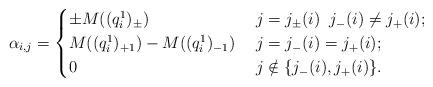
LaTeX: \begin{align*} \alpha_{i,j} = \begin{cases} \pm M((q_i^1)_{\pm}) & \; j = j_{\pm}(i) \; \; j_{-}(i) \not= j_{+}(i); \\ M((q_i^1)_{+1}) - M((q_i^1)_{-1}) & \; j = j_{-}(i) = j_{+}(i); \\ 0 & \; j \notin \{ j_{-}(i), j_{+}(i)\}. \end{cases} \end{align*}